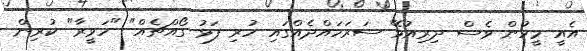
އެއީ މީހުން ވެސް ދިރިއުޅޭ ސަރަހައްދެއްގައި ހުރި ފަޅު ގޯއްޗެއް" "ހަވީރާ" ކުރިން